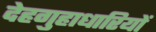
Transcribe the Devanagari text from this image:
देहगुहाधारियों